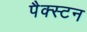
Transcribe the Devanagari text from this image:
पैक्स्टन